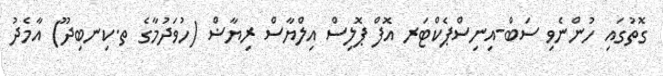
ގޮތުގައި ހުންނެވި ސަބް-އިނިސްޕެކްޓަރ އޮފް ޕޮލިސް އިލްޔާސް ރިޔާޟް (ހުވަދުމާގެ ތ.ކިނބިދޫ) އާމެދު